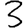
Digit: 3